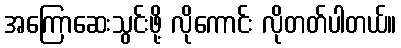
အကြောဆေးသွင်းဖို့ လိုကောင်း လိုတတ်ပါတယ်။